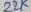
Text: 22K